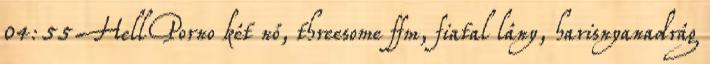
04:55 HellPorno két nő, threesome ffm, fiatal lány, harisnyanadrág